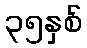
၃၅နှစ်